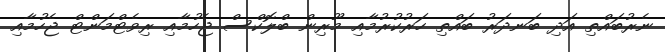
ނެރުބައްތި އަދި ބަނދަރު ބައްތި ހަރުކުރުމާއި މޫރިން ބްލޮކްސް ޖެހުމާއި ރިވެޓްމަންޓް ޖެހުމާއި